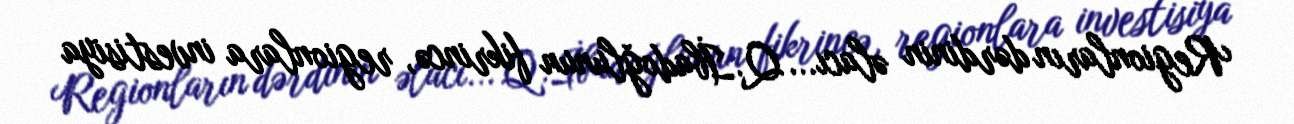
Regionların dərdinin əlacı... Q.İbadoğlunun fikrincə, regionlara investisiya